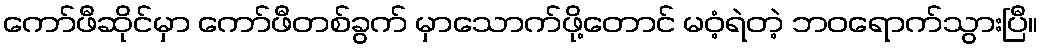
ကော်ဖီဆိုင်မှာ ကော်ဖီတစ်ခွက် မှာသောက်ဖို့တောင် မဝံ့ရဲတဲ့ ဘဝရောက်သွားပြီ။